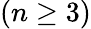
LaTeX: \left(n\geq 3\right)